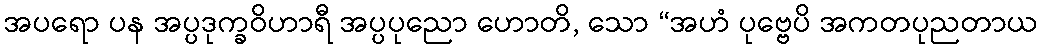
အပရော ပန အပ္ပဒုက္ခဝိဟာရီ အပ္ပပုညော ဟောတိ, သော “အဟံ ပုဗ္ဗေပိ အကတပုညတာယ